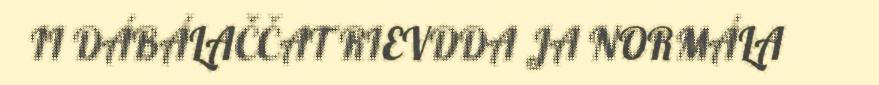
II DÁBÁLAČČAT RIEVDDA JA NORMÁLA